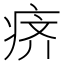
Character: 𰣬